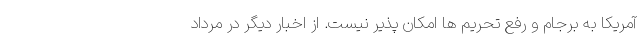
آمریکا به برجام و رفع تحریم ها امکان پذیر نیست. از اخبار دیگر در مرداد